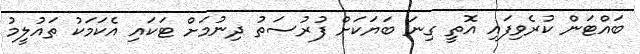
ބައްޓަން ކުރެވިފައި އޮތީ ގިނަ ބަޔަކަށް ފުރުސަތު ދިނުމަށް ޓަކައި އެކަމަކު ތައުލީމު